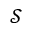
\mathscr { S }